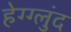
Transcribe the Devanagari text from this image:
हेग्ग्लुंद